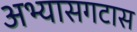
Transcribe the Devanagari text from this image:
अभ्यासगटास